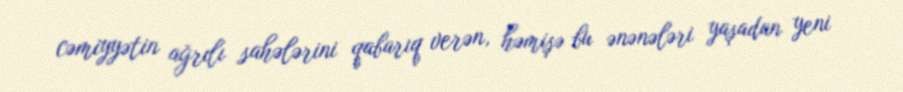
cəmiyyətin ağrılı sahələrini qabarıq verən, həmişə bu ənənələri yaşadan yeni